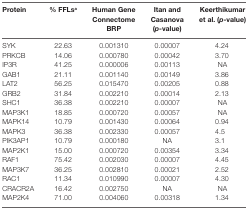
| Protein | % FFLsa | Human Gene Connectome BRP | Itan and Casanova (p-value) | Keerthikumar et al. (p-value) |
 | --- | --- | --- | --- | --- |
 | SYK | 22.63 | 0.001310 | 0.00007 | 4.24 |
 | PRKCB | 14.06 | 0.000780 | 0.00042 | 3.70 |
 | IP3R | 41.25 | 0.000006 | 0.00113 | NA |
 | GAB1 | 21.11 | 0.001140 | 0.00149 | 3.86 |
 | LAT2 | 56.25 | 0.015470 | 0.00205 | 0.88 |
 | GRB2 | 31.84 | 0.002210 | 0.00014 | 2.13 |
 | SHC1 | 36.38 | 0.002210 | 0.00007 | NA |
 | MAP3K1 | 18.85 | 0.000720 | 0.00057 | NA |
 | MAPK14 | 10.79 | 0.001430 | 0.00064 | 0.94 |
 | MAPK3 | 36.38 | 0.002330 | 0.00057 | 4.5 |
 | PIK3AP1 | 10.79 | 0.000180 | NA | 3.1 |
 | MAP2K1 | 15.00 | 0.000720 | 0.00354 | 3.34 |
 | RAF1 | 75.42 | 0.002030 | 0.00007 | 4.45 |
 | MAP3K7 | 36.25 | 0.002810 | 0.00021 | 2.52 |
 | RAC1 | 11.34 | 0.010990 | 0.00007 | 4.30 |
 | CRACR2A | 16.42 | 0.002750 | NA | NA |
 | MAP2K4 | 71.00 | 0.004060 | 0.00318 | 1.34 |